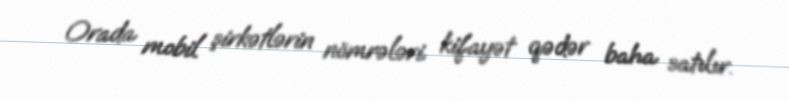
Orada mobil şirkətlərin nömrələri kifayət qədər baha satılır.